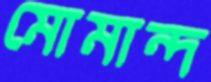
মোমান্দ